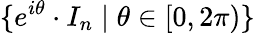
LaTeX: \{ e^{i\theta}\cdot I_{n}\mid\theta\in[0,2\pi)\}